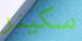
سكينر